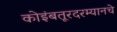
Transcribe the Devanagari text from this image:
कोइंबतूरदरम्यानचे